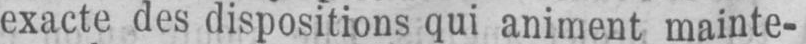
exacte des dispositions qui animent mainte-